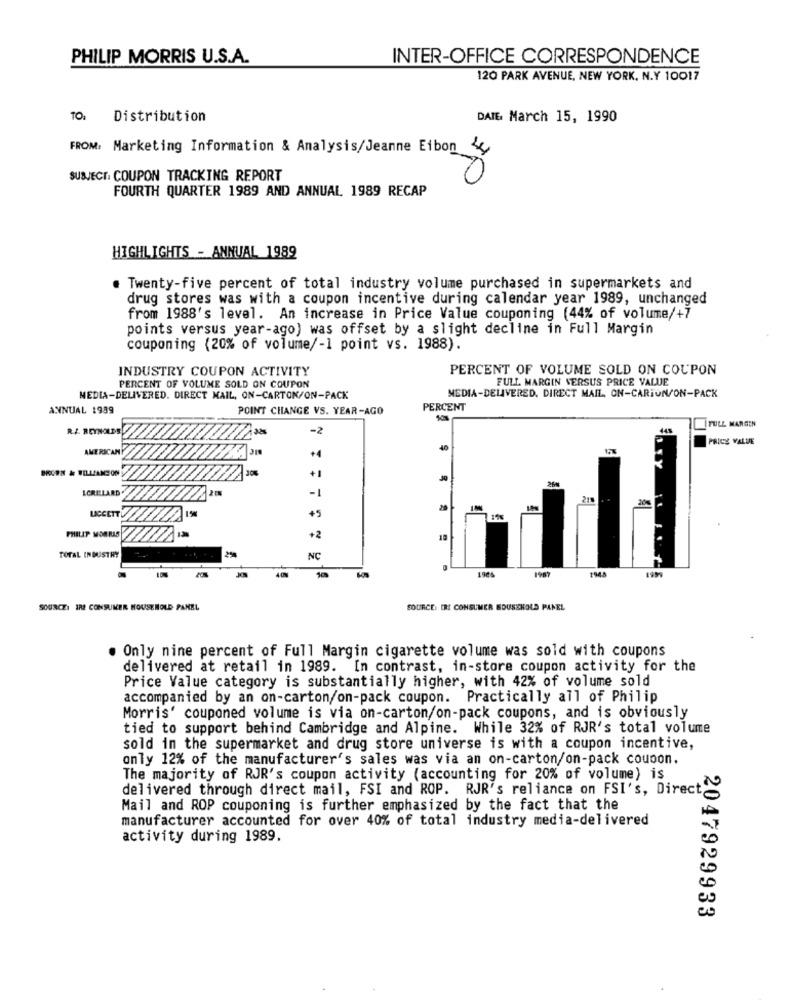
PHILIP MORRIS U.S.A.
INTER-OFFICE CORRESPONDENCE
120 PARK AVENUE, NEW YORK, N.Y 10017
TO:
Distribution
DATE March 15, 1990
FROM: Marketing Information & Analysis/Jeanne Eibon 24
SUBJECT COUPON TRACKING REPORT
FOURTH QUARTER 1989 AND ANNUAL 1989 RECAP
HIGHLIGHTS - ANNUAL 1989
. Twenty-five percent of total industry volume purchased in supermarkets and
drug stores was with a coupon incentive during calendar year 1989, unchanged
from 1988's level. An increase in Price Value couponing (44% of volume/+7
points versus year-ago) was offset by a slight decline in Full Margin
couponing (20% of volume/-1 point vs. 1988).
INDUSTRY COUPON ACTIVITY
PERCENT OF VOLUME SOLD ON COUPON
FULL MARGIN VERSUS PRICE VALUE
PERCENT OF VOLUME SOLD ON COUPON
MEDIA-DELIVERED. DIRECT MAIL, ON-CARTON/ON-PACK
MEDIA-DELIVERED, DIRECT MAIL, ON-CARIUN/ON-PACK
ANNUAL 1989
POINT CHANGE VS. YEAR-AGO
PERCENT
RA REYNOLDS
-2
FULL MARGEN
PRICE VALUE
AMERICAN
40
+4
BROEN & WILLIAMSON
+1
LORILLARD
-1
LACCETTO
+5
PHILIP MORRIS
+2
TOTAL INDUSTRY
NC
SOURCE: IRE CONSUMER HOUSEHOLD PANEL
SOURCE: IRI CONSUMER EDUSZKOLD PANEL
. Only nine percent of Full Margin cigarette volume was sold with coupons
delivered at retail in 1989. In contrast, in-store coupon activity for the
Price Value category is substantially higher, with 42% of volume sold
accompanied by an on-carton/on-pack coupon. Practically all of Philip
Morris' couponed volume is via on-carton/on-pack coupons, and is obviously
tied to support behind Cambridge and Alpine. While 32% of RJR's total volume
sold in the supermarket and drug store universe is with a coupon incentive,
only 12% of the manufacturer's sales was via an on-carton/on-pack coupon.
The majority of RJR's coupon activity (accounting for 20% of volume) is
delivered through direct mail, FSI and ROP. RJR's reliance on FSI's, Direct
Mail and ROP couponing is further emphasized by the fact that the
manufacturer accounted for over 40% of total industry media-delivered
activity during 1989.
2047929933